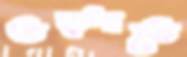
তড়্‌পাতে